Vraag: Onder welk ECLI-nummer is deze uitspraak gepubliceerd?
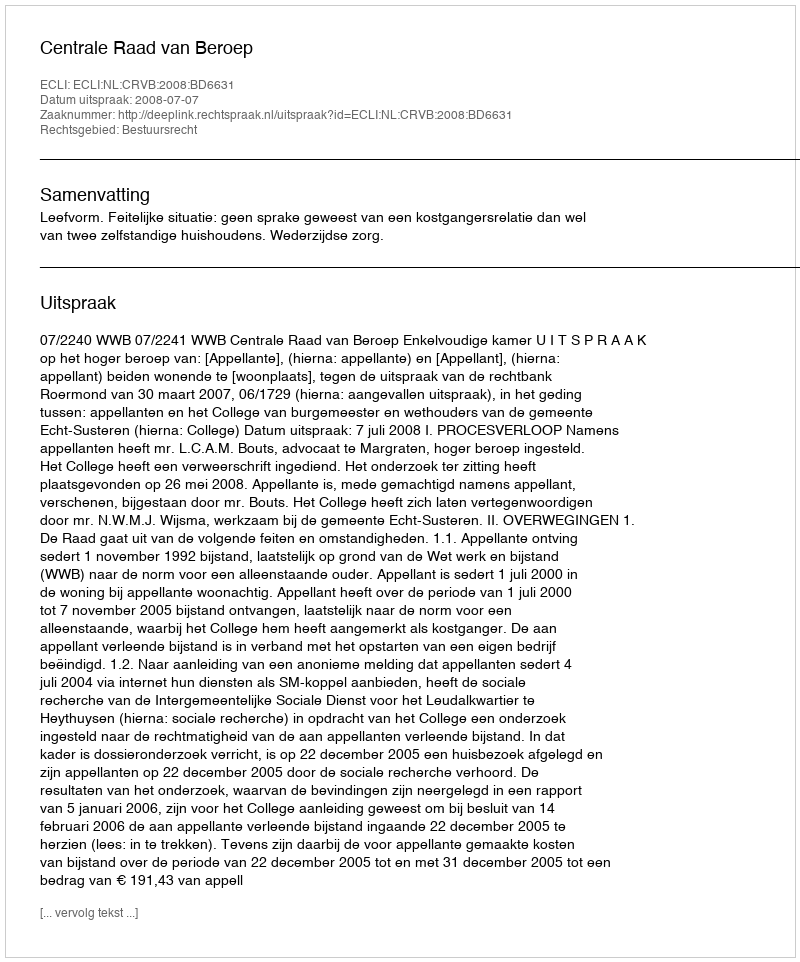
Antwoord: ECLI:NL:CRVB:2008:BD6631